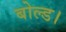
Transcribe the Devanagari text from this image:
बोल्ड।